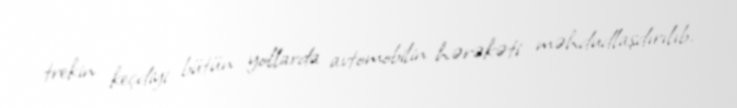
trekin keçdiyi bütün yollarda avtomobilin hərəkəti məhdudlaşdırılıb.